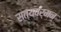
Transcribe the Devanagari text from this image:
सत्यवर्मन्